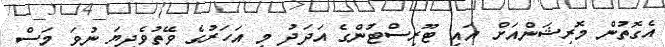
އެގޮތުން މޮރިޝަންއަށް އައި ޓޫރިސްޓުންގެ އަދަދު މި އަހަރުގެ ވޭތުވެދިޔަ ނުވަ މަސް